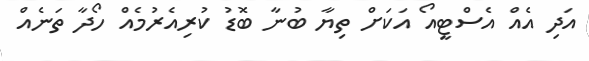
އަދި އެއް އެސްޓީއޯ އަކަށް ތިޔާ ބުނާ ބޮޑު ކުރިއެރުމެއް ހޯދާ ތަނެއް